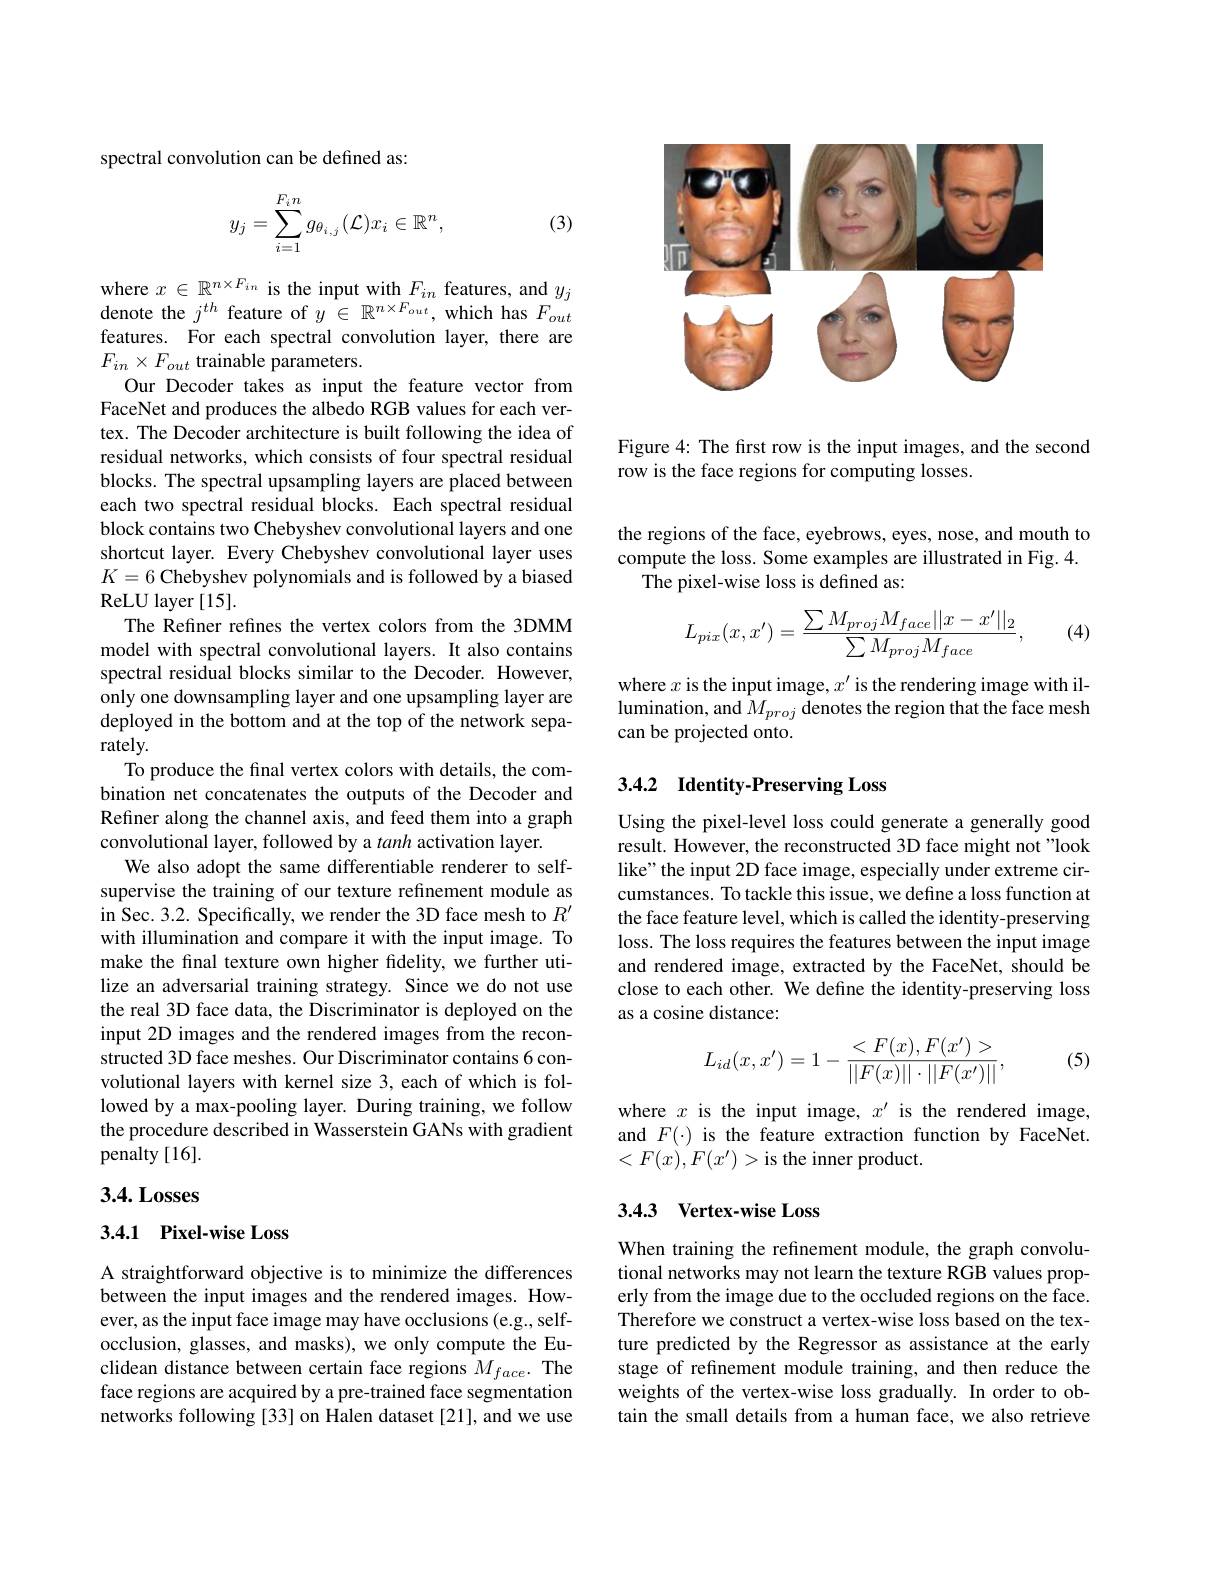
spectral convolution can be defined as:
$$y_j=\sum_{i=1}^{F_in}g_{\theta_{i,j}}(\mathcal{L})x_i\in\mathbb{R}^n,$$
(3)

$\begin{array}{l}{\mathrm{where~}x\in\mathbb{R}^{n\times F_{in}}\text{ is the input with }F_{in}\text{ features, and }y_{j}}\\{\mathrm{denote~the~}j^{th}\text{ feature of }y\in\mathbb{R}^{n\times F_{out}},\text{ which has }F_{out}}\end{array}$ features. For each spectral convolution layer, there are $F_{in}\times F_{out}$ trainable parameters.
Our Decoder takes as input the feature vector from FaceNet and produces the albedo RGB values for each vertex. The Decoder architecture is built following the idea of residual networks, which consists of four spectral residual blocks. The spectral upsampling layers are placed between each two spectral residual blocks. Each spectral residual block contains two Chebyshev convolutional layers and one shortcut layer. Every Chebyshev convolutional layer uses $K=6$ Chebyshev polynomials and is followed by a biased ReLU layer [15].
The Refiner refines the vertex colors from the 3DMM model with spectral convolutional layers. It also contains spectral residual blocks similar to the Decoder. However, only one downsampling layer and one upsampling layer are deployed in the bottom and at the top of the network separately.
To produce the final vertex colors with details, the combination net concatenates the outputs of the Decoder and Refiner along the channel axis, and feed them into a graph convolutional layer, followed by a tanh activation layer.
We also adopt the same differentiable renderer to selfsupervise the training of our texture refinement module as in Sec. 3.2. Specifically, we render the 3D face mesh to $R^{\prime}$ with illumination and compare it with the input image. To make the final texture own higher fidelity, we further utilize an adversarial training strategy. Since we do not use the real 3D face data, the Discriminator is deployed on the input 2D images and the rendered images from the reconstructed 3D face meshes. Our Discriminator contains 6 convolutional layers with kernel size 3, each of which is followed by a max-pooling layer. During training, we follow the procedure described in Wasserstein GANs with gradient penalty [16].

## $3. 4. \textbf{Losses}$

## 3.4.1 Pixel-wise Loss

A straightforward objective is to minimize the differences between the input images and the rendered images. However, as the input face image may have occlusions (e.g., selfocclusion, glasses, and masks), we only compute the Euclidean distance between certain face regions $M_{face}.$ The face regions are acquired by a pre-trained face segmentation networks following [33] on Halen dataset [21], and we use

<FigureHere>

Figure 4: The first row is the input images, and the second
row is the face regions for computing losses.

the regions of the face, eyebrows, eyes, nose, and mouth to compute the loss. Some examples are illustrated in Fig. 4.
The pixel-wise loss is defined as:

(4)
$$L_{pix}(x,x')=\frac{\sum M_{proj}M_{face}||x-x'||_{2}}{\sum M_{proj}M_{face}},$$
where $x$ is the input image, $x^\prime$ is the rendering image with illumination, and $M_proj$ denotes the region that the face mesh can be projected onto.

## 3.4.2 Identity-Preserving Loss

Using the pixel-level loss could generate a generally good result. However, the reconstructed 3D face might not "look like" the input 2D face image, especially under extreme circumstances. To tackle this issue, we define a loss function at the face feature level, which is called the identity-preserving loss. The loss requires the features between the input image and rendered image, extracted by the FaceNet, should be close to each other. We define the identity-preserving loss as a cosine distance:
$$L_{id}(x,x')=1-\frac{<F(x),F(x')>}{||F(x)||\cdot||F(x')||},$$
(5)

where $x$ is the input image, $x^\prime$ is the rendered image, and $F(\cdot)$ is the feature extraction function by FaceNet. $<F(x),F(x^{\prime})>$is the inner product.

### 3.4.3 Vertex-wise Loss

When training the refinement module, the graph convolutional networks may not learn the texture RGB values properly from the image due to the occluded regions on the face. Therefore we construct a vertex-wise loss based on the texture predicted by the Regressor as assistance at the early stage of refinement module training, and then reduce the weights of the vertex-wise loss gradually. In order to obtain the small details from a human face, we also retrieve